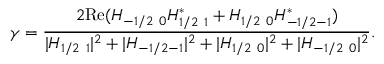
\gamma = \frac { 2 \mathrm { R e } ( H _ { - 1 / 2 ~ 0 } H _ { 1 / 2 ~ 1 } ^ { * } + H _ { 1 / 2 ~ 0 } H _ { - 1 / 2 - 1 } ^ { * } ) } { | H _ { 1 / 2 ~ 1 } | ^ { 2 } + | H _ { - 1 / 2 - 1 } | ^ { 2 } + | H _ { 1 / 2 ~ 0 } | ^ { 2 } + | H _ { - 1 / 2 ~ 0 } | ^ { 2 } } .